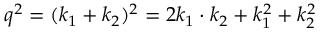
q ^ { 2 } = ( k _ { 1 } + k _ { 2 } ) ^ { 2 } = 2 k _ { 1 } \cdot k _ { 2 } + k _ { 1 } ^ { 2 } + k _ { 2 } ^ { 2 }